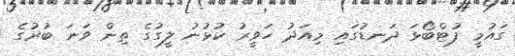
ގައުމީ ފުޓްބޯޅަ ދަނޑުގައި މިއަދު ހަވީރު ކުޅުނު ލީގުގެ ތިން ވަނަ ބުރުގެ